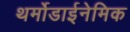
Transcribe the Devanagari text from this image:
थर्मोडाईनेमिक